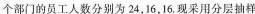
个部门的员工人数分别为24，16，16.现采用分层抽样